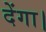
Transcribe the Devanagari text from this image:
देंगा।